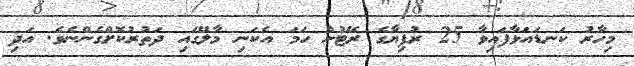
މިހާރު ކަނޑައަޅާފައިވާ 25 ރުފިޔާގެ ރޭޓުން ހަމަ އެކަނި މާލޭގައި ދަތުރުކޮށްގެންނެވެ. އަދި